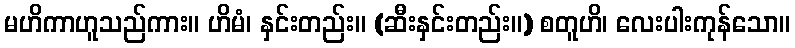
မဟိကာဟူသည်ကား။ ဟိမံ၊ နှင်းတည်း။ (ဆီးနှင်းတည်း။) စတူဟိ၊ လေးပါးကုန်သော။